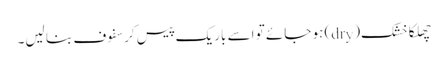
چھلکا خشک(dry) ہو جائے تو اسے باریک پیس کر سفوف بنا لیں۔